Annual report on the working of the lock hospitals in the Central Provinces
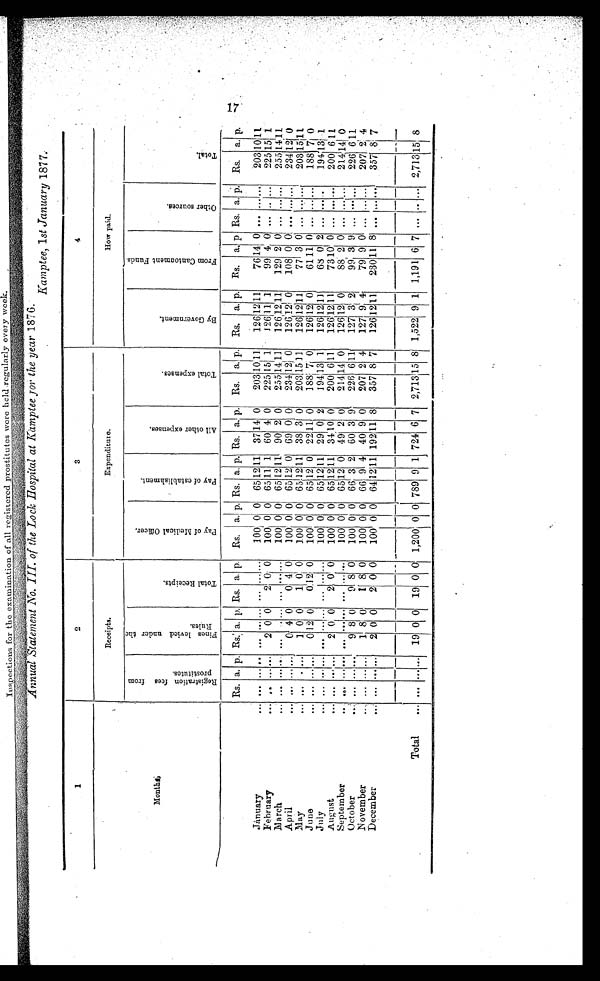
Annual Statement No. III. of the Lock Hospital at Kamptee for the year 1876.
Kamptee, 1 st January 1877.
1
2
3
4
Receipts.
E x p e n d i t u r e .
H o w p a i d .
Month s
R e g i s t r a t i o n f e e s f r o m s
p r o s t i t u t e s .
F i n e s l e v i e d u n d e r t h eR
u l e s .
T o t a l R e c e i p t s .
P a y o f M e d i c a l O f f i c e r .
P a y o f e s t a b l i s h m e n t .
A l l o t h e r e x p e n s e s .
T o t a l e x p e n s e s .
B y G o v e r n m e n t .
F r o m C a n t o n m e n t F u n d s .
O t h e r s o u r c e s .
T o t a l .
Rs. a. p. Rs. a. p. Rs. a. p. Rs. a. p. Rs. a. p. Rs. a. p. Rs. a. p. Rs. a. p. Rs. a. p Rs. a.
p.
Rs. a. p.
January
... ... ...... ...
... ... ...
... ...
100 0 0 65 12 11
37 14 0
203 10
11
126 12 11
76 14 0 ... ... ...
203 10 11
February
... ... ......
2 0 0
2 0 0
100 0 0 65 11
1
60 4 0
225 15 1
1 2 6 11 1
99 4 0 ... ... ...
225 15 1
March
... ... ...... ... . ... ... ... ...
100 0 0 65 1211
90 2 0
255 14 11
1 2 6
12
1 1
129 2 0 ... ... ...
255 14 11
100 0 0 65 12
0 69 0 0
234 12 0
1 2 6 12 0
108 0 0 ... ... ...
234 12 0
April
... ... ......
0 4 0
0 4 0
May
... ... ... ...
1 0 0
1 0 0
100 0 0 65 12
1 1 38 3 0
203 15 11
126
1 2 11
77 3 0 ... ... ...
203 15 11
June
... ... ... ...
0 12 0
0 12 0
100 0 0 65 12 0 22 11 0
188 7 0
126 12 0
61 11 0 ... ... ...
1 8 8 7 0
July
... ... ...... ... ...... ... ......
100 0 0 65 12 11 29 0 2
194 13 1
126 12
1 1
68 0 2 ... ... ...
194 13 1
August
... ... ......
2 0 0
2 0 0
100 0 0 65 12 11
34 10 0
200
6
11
126 12
1 1
73 10 0 ... ... ...
200 6 11
... ... ... ... ... ... ... ...
100 0 0 65 12 0 49 2 0
214 14 0
126
12
0
88 2 0 ... ......
214 14 0
September
... ...
October
... ... ... ...
9 8 0
9 8 0
100 0 0 66 3 2 60 3 9
226 6 11
127 3 2
99 3 9 ... ... ...
226 6 11
November
... ... ... ...
1 8 0
1 8 0
100 0 0 66 9 4 40 9 0
207 2 4
127 9 4
79 9 0 ... ... ...
207 2 4
...
2 0 0
2 0 0
100 0 0 64 12 11 192 11 8
357 8 7
126 12 11
230 11 8
357 8 7
December
. . .
...
...
...
... ...
Total
. . . ... ...... 19 0 0 19 0 0 1,200 0 0 789 9 1 724 6 7 2,713 15 8 1,522 9 1 1,191 6 7 ... ... ... 2,713 15 8
•
17